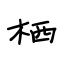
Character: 栖